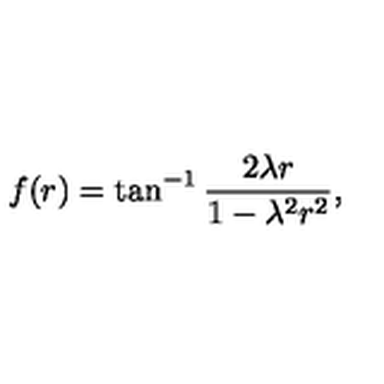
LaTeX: f ( r ) = \tan ^ { - 1 } \frac { 2 \lambda r } { 1 - \lambda ^ { 2 } r ^ { 2 } } ,